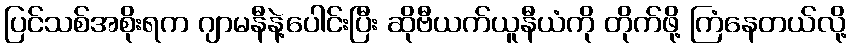
ပြင်သစ်အစိုးရက ဂျာမနီနဲ့ပေါင်းပြီး ဆိုဗီယက်ယူနီယံကို တိုက်ဖို့ ကြံနေတယ်လို့